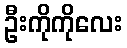
ဦးကိုကိုလေး